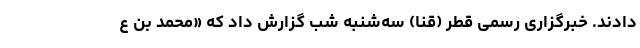
دادند. خبرگزاری رسمی قطر (قنا) سه‌شنبه شب گزارش داد که «محمد بن ع